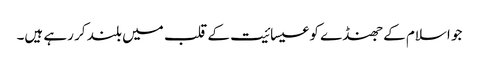
جو اسلام کے جھنڈے کو عیسائیت کے قلب میں بلند کر رہے ہیں۔